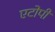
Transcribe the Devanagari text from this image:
एटोपी